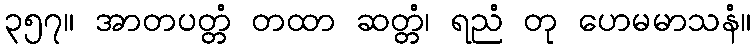
၃၅၇။ အာတပတ္တံ တထာ ဆတ္တံ၊ ရညံ တု ဟေမမာသနံ။